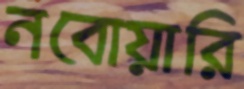
নবোয়ারি